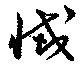
滅